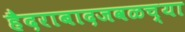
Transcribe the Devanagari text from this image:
हैदराबादजवळच्या